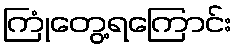
ကြုံတွေ့ရကြောင်း